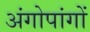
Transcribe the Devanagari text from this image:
अंगोपांगों